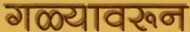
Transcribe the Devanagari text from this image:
गळ्यावरून